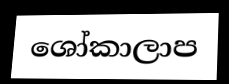
ශෝකාලාප